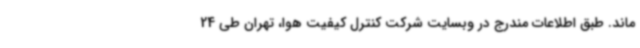
ماند. طبق اطلاعات مندرج در وبسایت شرکت کنترل کیفیت هوا، تهران طی 24